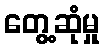
တွေ့ဆုံမှု